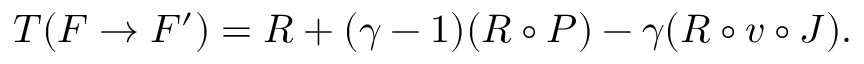
T ( F \to F ^ { \prime } ) = R + ( \gamma - 1 ) ( R \circ P ) - \gamma ( R \circ v \circ J ) .